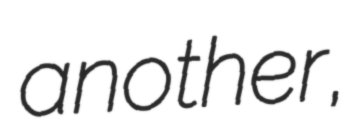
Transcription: another,